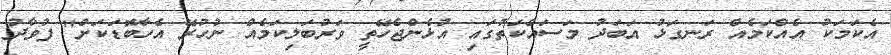
އެކަމަކު އެއްކަމެއް ރަނގަޅު އަބަދު މަސައްކަތުގައި އުޅެންޖެހޭތީ ވަރުބަލިކަމެއް ނުހުރޭ އެހާބޮޑަކަށް" ފުވާދު